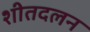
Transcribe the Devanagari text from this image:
शीतदलन